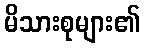
မိသားစုများ၏